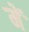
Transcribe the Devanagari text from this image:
मेंॱ